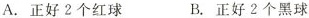
A. 正好2个红球 B. 正好2个黑球